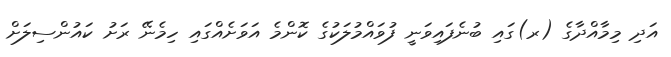
އަދި މިމާއްދާގެ (ރ)ގައި ބުނެފައިވަނީ ފުވައްމުލަކުގެ ކޮންމެ އަވަށެއްގައި ހިމެނޭ ރަށު ކައުންސިލަށް